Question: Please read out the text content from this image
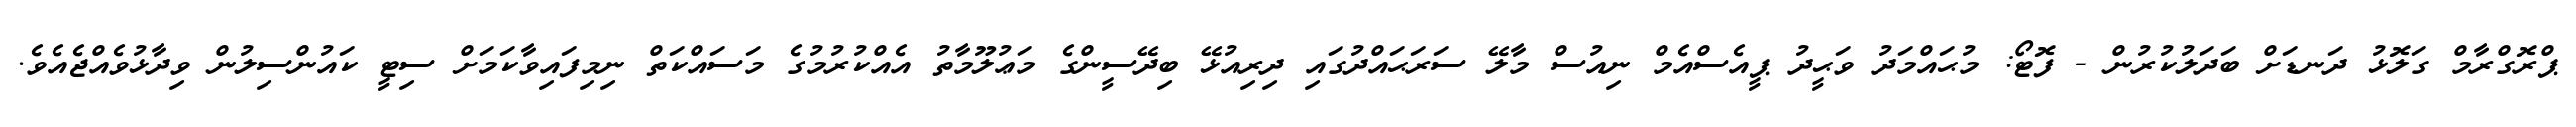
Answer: ޕްރޮގްރާމް ގަލޮޅު ދަނޑަށް ބަދަލުކުރުން - ފޮޓޯ: މުޙައްމަދު ވަޙީދު ޕީއެސްއެމް ނިއުސް މާލޭ ސަރަޙައްދުގައި ދިރިއުޅޭ ބިދޭސީންގެ މަޢުލޫމާތު އެއްކުރުމުގެ މަސައްކަތް ނިމިފައިވާކަމަށް ސިޓީ ކައުންސިލުން ވިދާޅުވެއްޖެއެވެ.